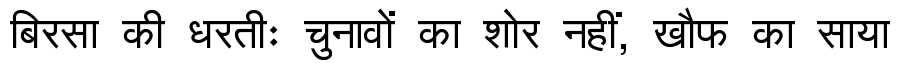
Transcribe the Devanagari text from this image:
बिरसा की धरतीः चुनावों का शोर नहीं, खौफ का साया